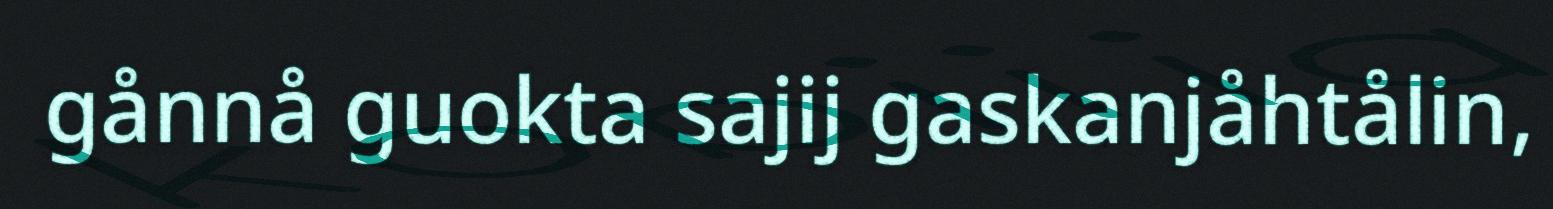
gånnå guokta sajij gaskanjåhtålin,